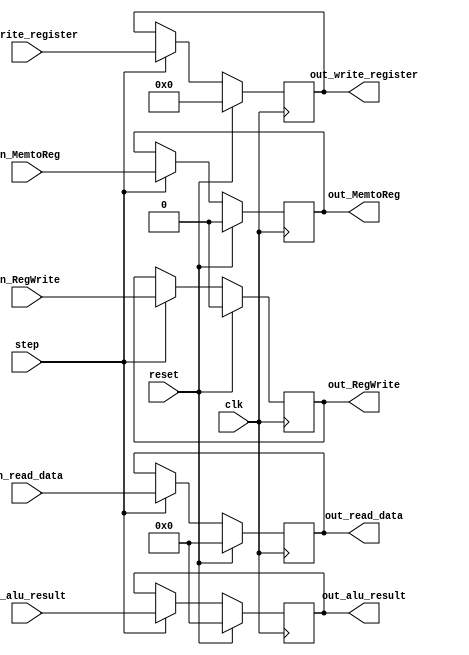
`timescale 1ns / 1ps

module MEM_WB(
    
    // INPUTS
    input wire clk,
    input wire reset,
    input wire [31:0] in_read_data,          //Entrada proveniente de la etapa MEM
    input wire [31:0] in_alu_result,         //Entrada proveniente del latch 3 EX/MEM
    input wire [4:0] in_write_register,        //Entrada proveniente del latch 3 EX/MEM
    // Control WB
    input wire in_MemtoReg,
    input wire in_RegWrite,
    input wire step,
    
    // OUTPUTS
    output reg [31:0] out_read_data,         //Salida hacia etapa WB
    output reg [31:0] out_alu_result,        //Salida hacia etapa WB
    output reg [4:0] out_write_register,        //Salida hacia etapa ID
    // Control WB
    output reg out_MemtoReg,
    output reg out_RegWrite
    );
    
    always@(posedge clk)
        if(reset)
        begin
            out_read_data <= 0;
            out_alu_result <= 0;
            out_write_register <= 0;
            // Control WB
            out_MemtoReg <= 0;
            out_RegWrite <= 0;
        end
        else
        if(step) begin
            out_read_data <= in_read_data;
            out_alu_result <= in_alu_result;
            out_write_register <= in_write_register;
            // Control WB
            out_MemtoReg <= in_MemtoReg;
            out_RegWrite <= in_RegWrite;
        end

    
endmodule